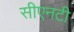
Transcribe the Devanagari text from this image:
सीएनटी